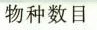
物种数目